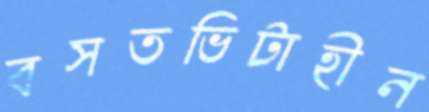
বসতভিটাহীন